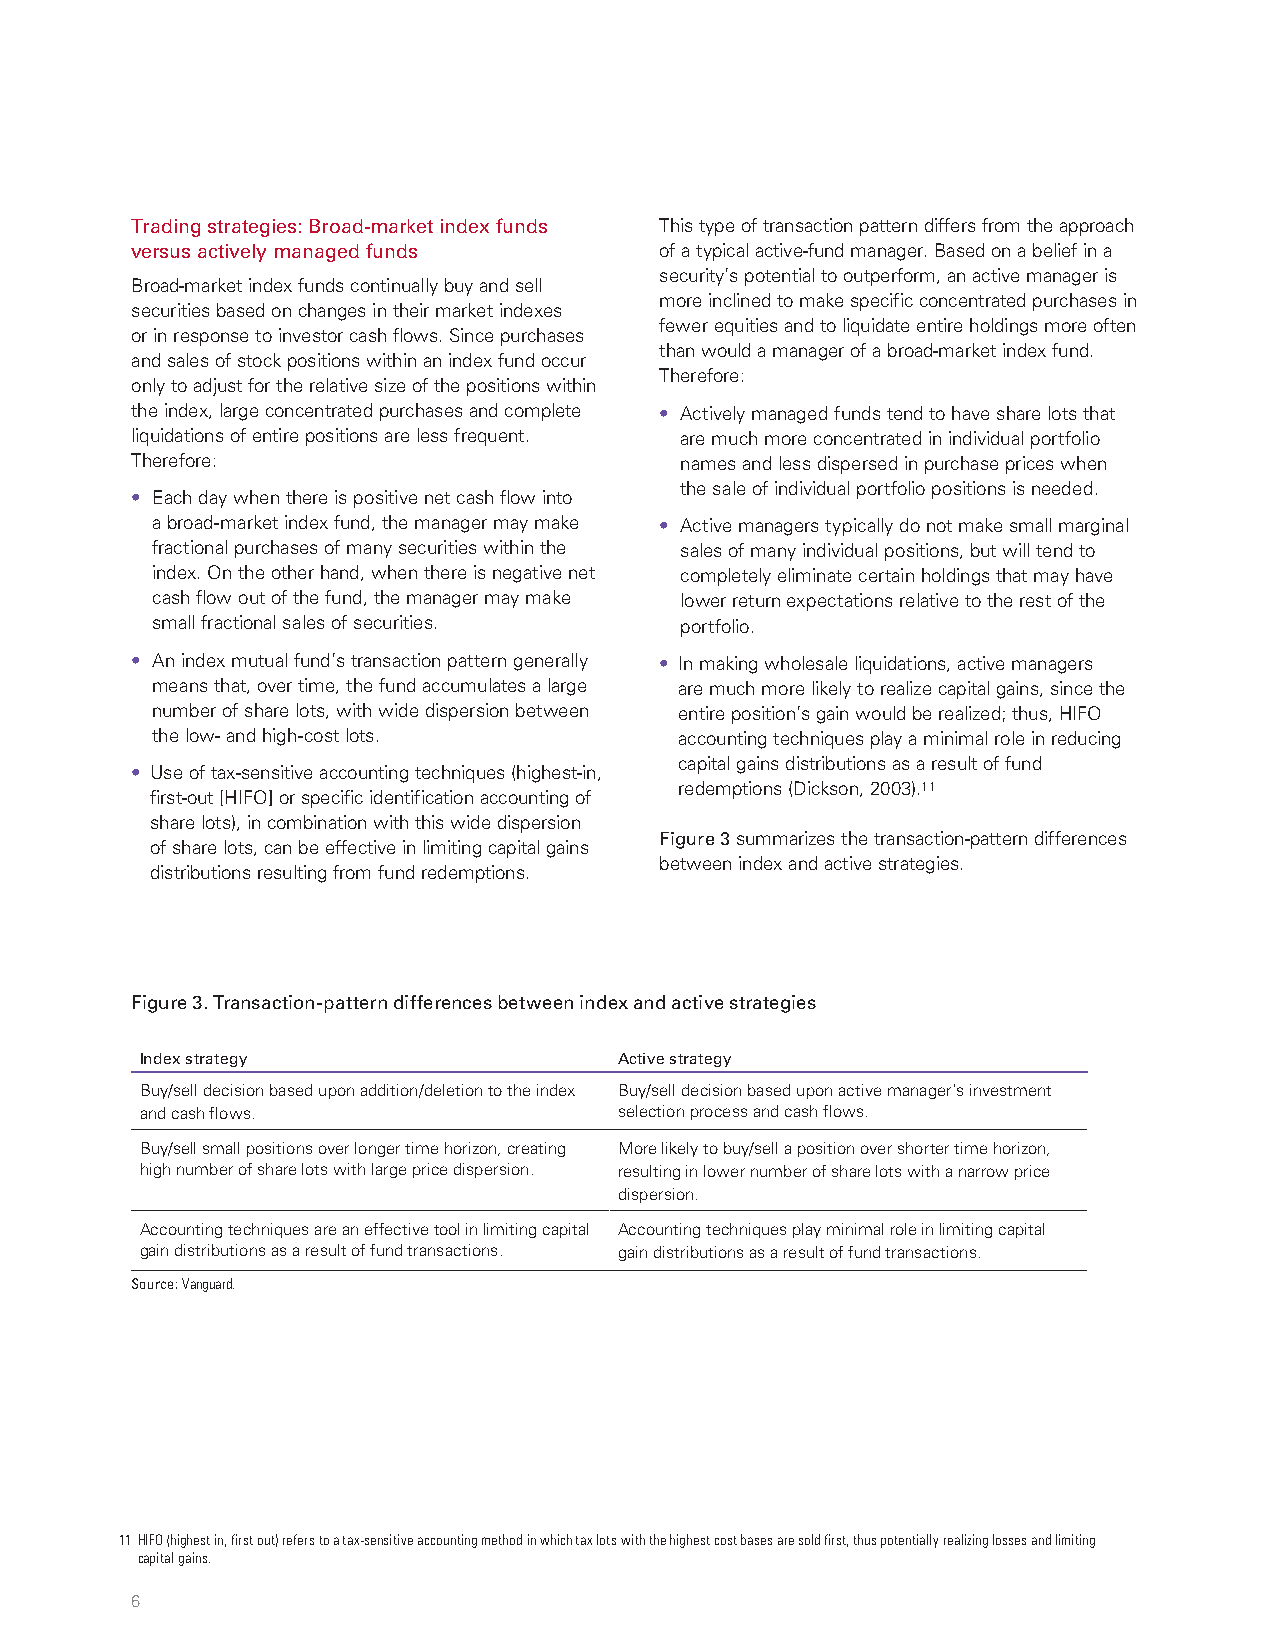
Trading strategies: Broad-market index funds This type of transaction pattern differs from the approach
 versus actively managed funds      of a typical active-fund manager. Based on a belief in a
 security’s potential to outperform, an active manager is
 Broad-market index funds continually buy and sell
 more inclined to make specific concentrated purchases in
 securities based on changes in their market indexes
 fewer equities and to liquidate entire holdings more often
 or in response to investor cash flows. Since purchases
 than would a manager of a broad-market index fund.
 and sales of stock positions within an index fund occur
 Therefore:
 only to adjust for the relative size of the positions within
 the index, large concentrated purchases and complete • Actively managed funds tend to have share lots that
 liquidations of entire positions are less frequent. are much more concentrated in individual portfolio
 Therefore:                          names and less dispersed in purchase prices when
 the sale of individual portfolio positions is needed.
 • Each day when there is positive net cash flow into
 a broad-market index fund, the manager may make • Active managers typically do not make small marginal
 fractional purchases of many securities within the sales of many individual positions, but will tend to
 index. On the other hand, when there is negative net completely eliminate certain holdings that may have
 cash flow out of the fund, the manager may make lower return expectations relative to the rest of the
 small fractional sales of securities. portfolio.
 • An index mutual fund’s transaction pattern generally • In making wholesale liquidations, active managers
 means that, over time, the fund accumulates a large are much more likely to realize capital gains, since the
 number of share lots, with wide dispersion between entire position’s gain would be realized; thus, HIFO
 the low- and high-cost lots.       accounting techniques play a minimal role in reducing
 capital gains distributions as a result of fund
 • Use of tax-sensitive accounting techniques (highest-in,
 redemptions (Dickson, 2003).11
 first-out [HIFO] or specific identification accounting of
 share lots), in combination with this wide dispersion
 Figure 3 summarizes the transaction-pattern differences
 of share lots, can be effective in limiting capital gains
 between index and active strategies.
 distributions resulting from fund redemptions.
 Figure 3. Transaction-pattern differences between index and active strategies
 Index strategy                  Active strategy
 Buy/sell decision based upon addition/deletion to the index Buy/sell decision based upon active manager’s investment
 and cash flows.                 selection process and cash flows.
 Buy/sell small positions over longer time horizon, creating More likely to buy/sell a position over shorter time horizon,
 high number of share lots with large price dispersion. resulting in lower number of share lots with a narrow price
 dispersion.
 Accounting techniques are an effective tool in limiting capital Accounting techniques play minimal role in limiting capital
 gain distributions as a result of fund transactions. gain distributions as a result of fund transactions.
 Source: Vanguard.
 11 HIFO (highest in, first out) refers to a tax-sensitive accounting method in which tax lots with the highest cost bases are sold first, thus potentially realizing losses and limiting
 capital gains.
 6